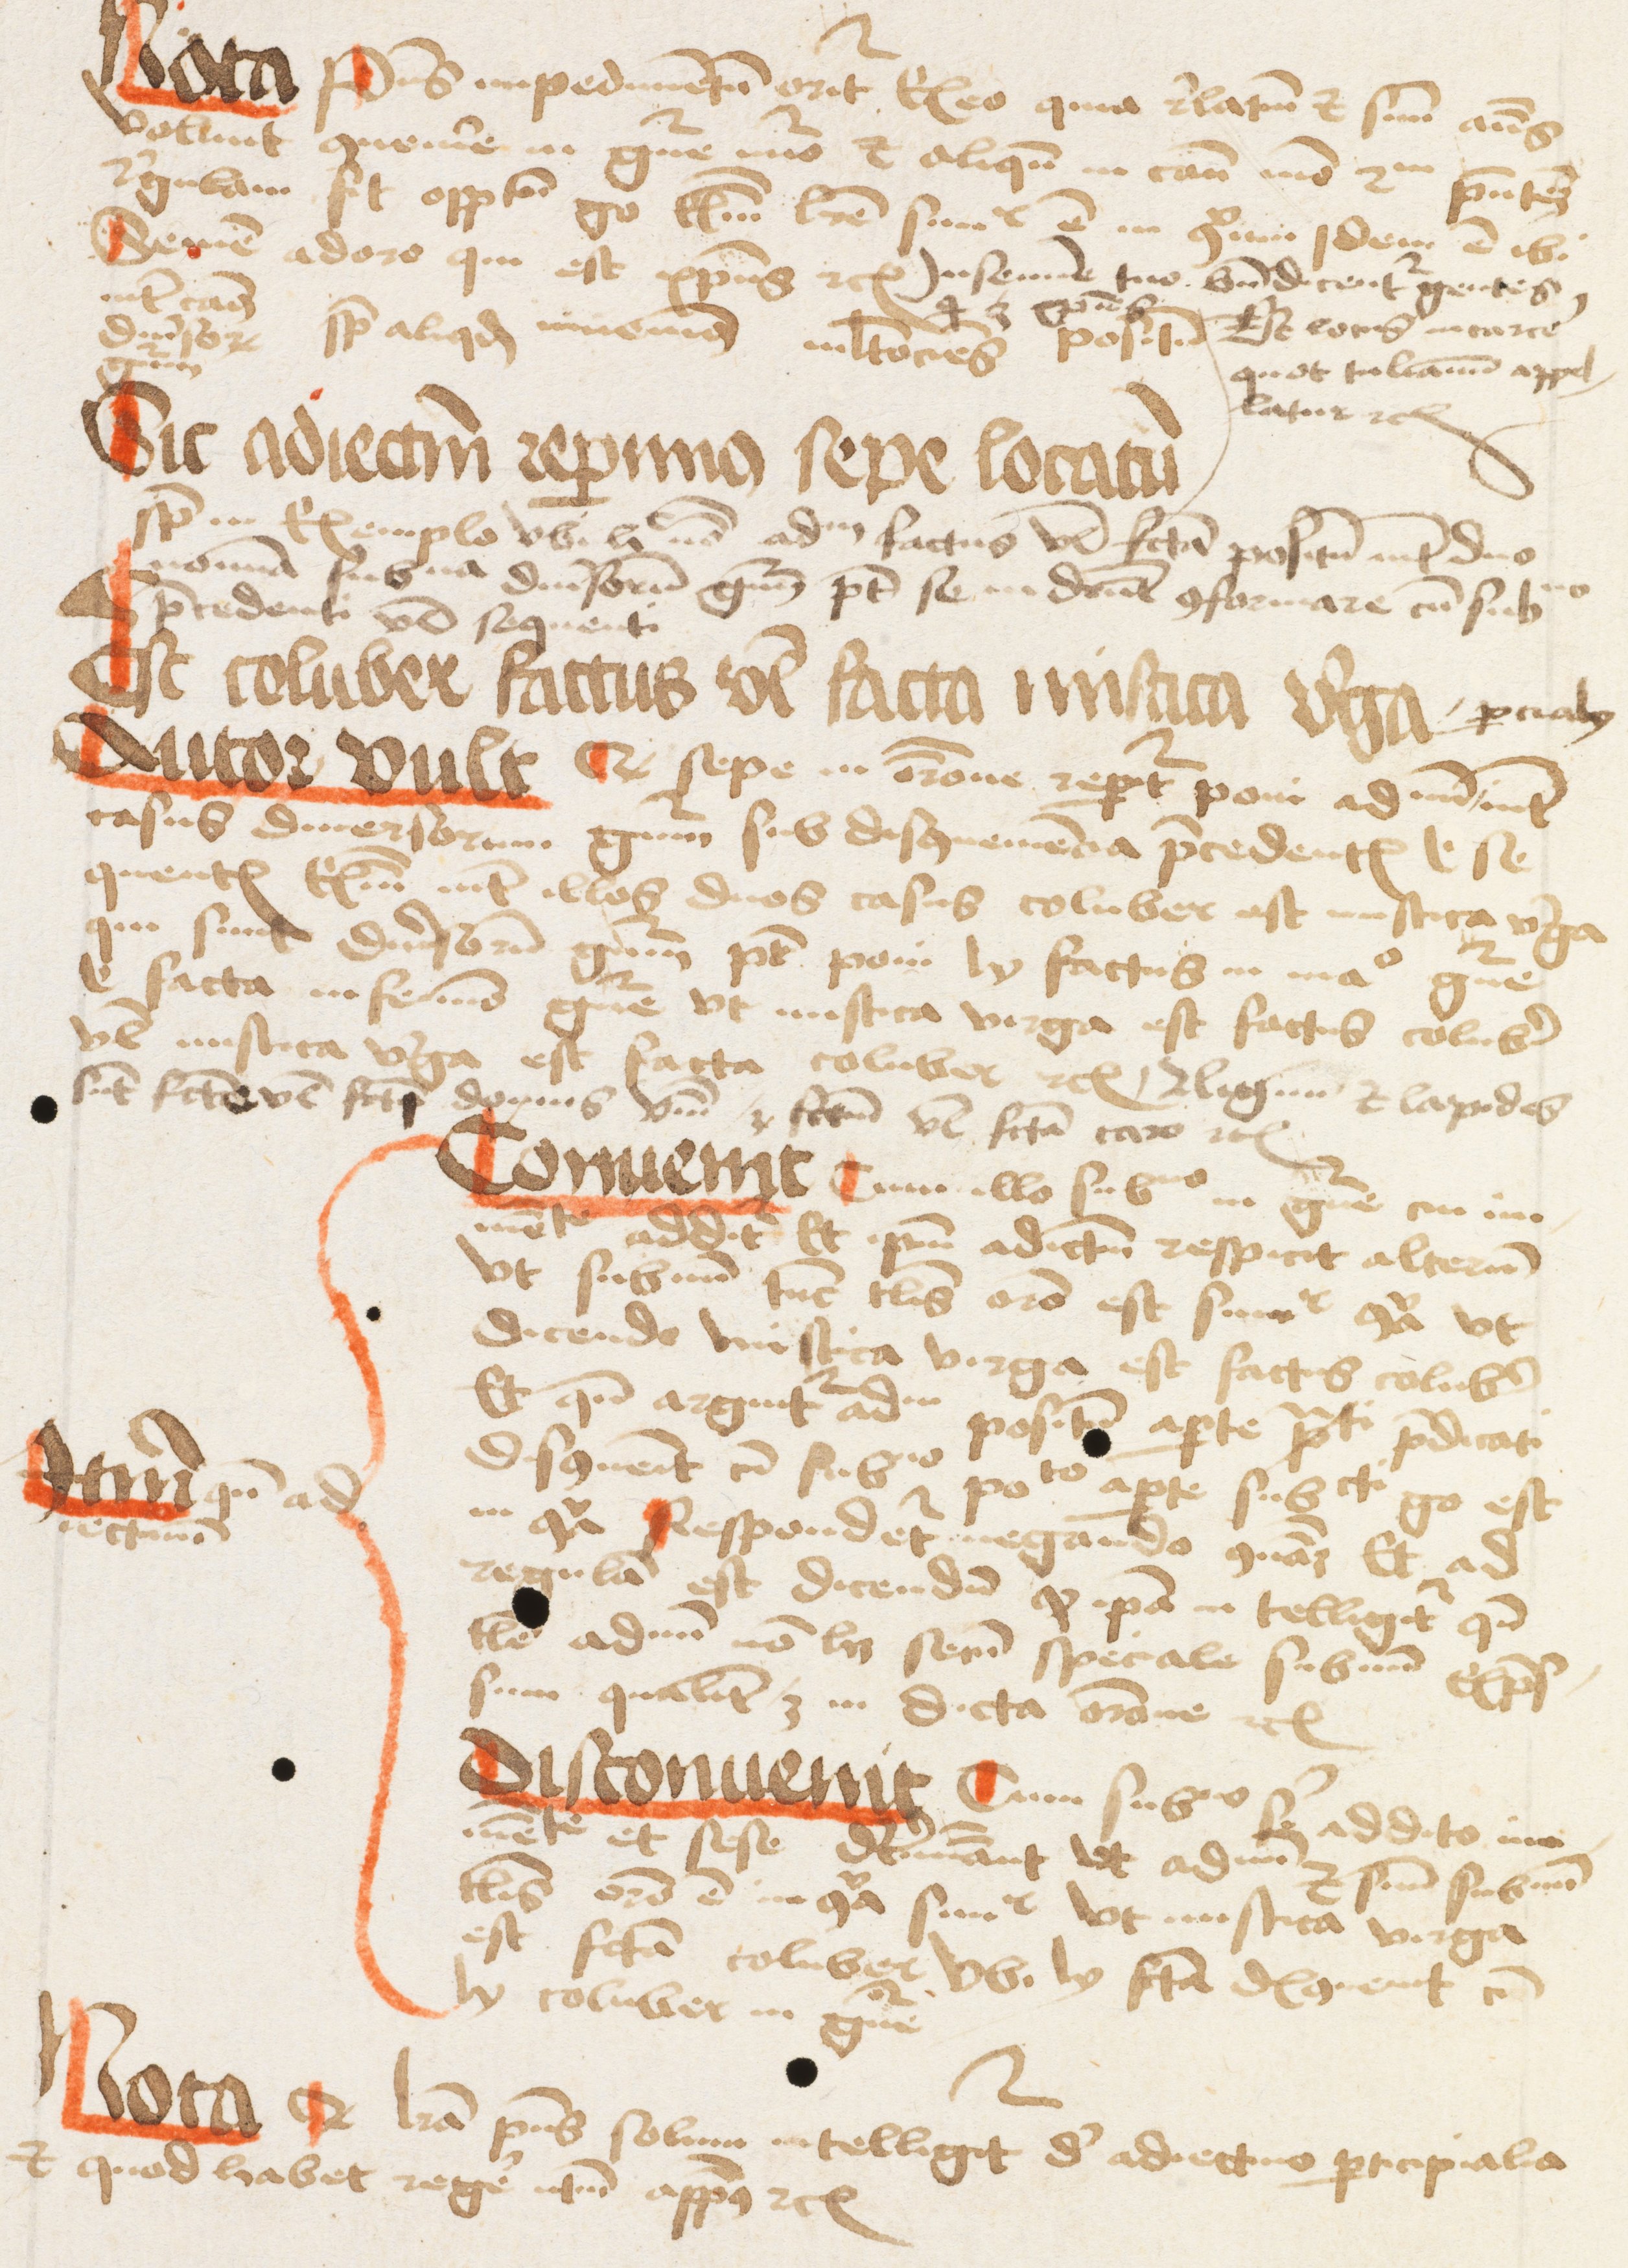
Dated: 1475–1499